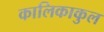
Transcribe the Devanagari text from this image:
कालिकाकुल